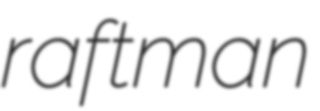
raftman